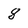
Character: 8